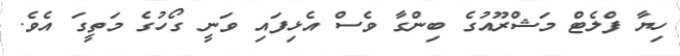
ހިޔާ ފްލެޓް މަޝްރޫއުގެ ބިންގާ ވެސް އެޅިފައި ވަނީ ގޯހުގެ މަތީގަ އެވެ.